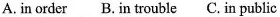
A.in order B.in trouble C.in public